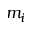
m _ { i }